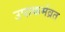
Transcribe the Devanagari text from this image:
उपाकर्मव्रत